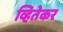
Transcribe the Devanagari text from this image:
व्हितेकर